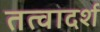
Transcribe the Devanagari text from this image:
तत्वादर्श